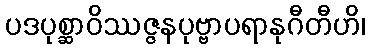
ပဒပုစ္ဆာဝိဿဇ္ဇနပုဗ္ဗာပရာနုဂီတီဟိ၊